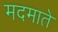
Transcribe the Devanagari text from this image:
मदमाते